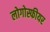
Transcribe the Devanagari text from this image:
लोगोस्फीयर